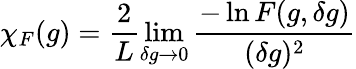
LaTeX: \chi_{F}(g)=\frac{2}{L}\operatorname*{lim}_{\delta g\rightarrow 0}\frac{-\ln F(g,\delta g)}{(\delta g)^{2}}